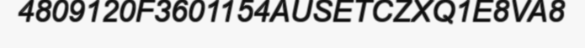
4809120F3601154AUSETCZXQ1E8VA8